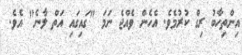
އިންތިހާބު ރިގް ކުރުމެވެ. އެހެން ވެއްޖެ ނަމަ "ގައިގައި އަތް ލާނެ" އެވެ.